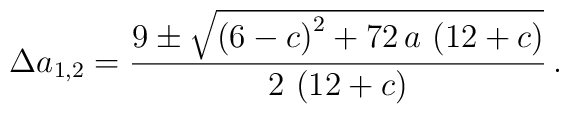
\Delta a_{1,2}= \frac{9 \pm {\sqrt{{\left( 6 - c \right) }^2 +         72\,a\,\left( 12 + c \right) }}}{2\,    \left( 12 + c \right) } \, .